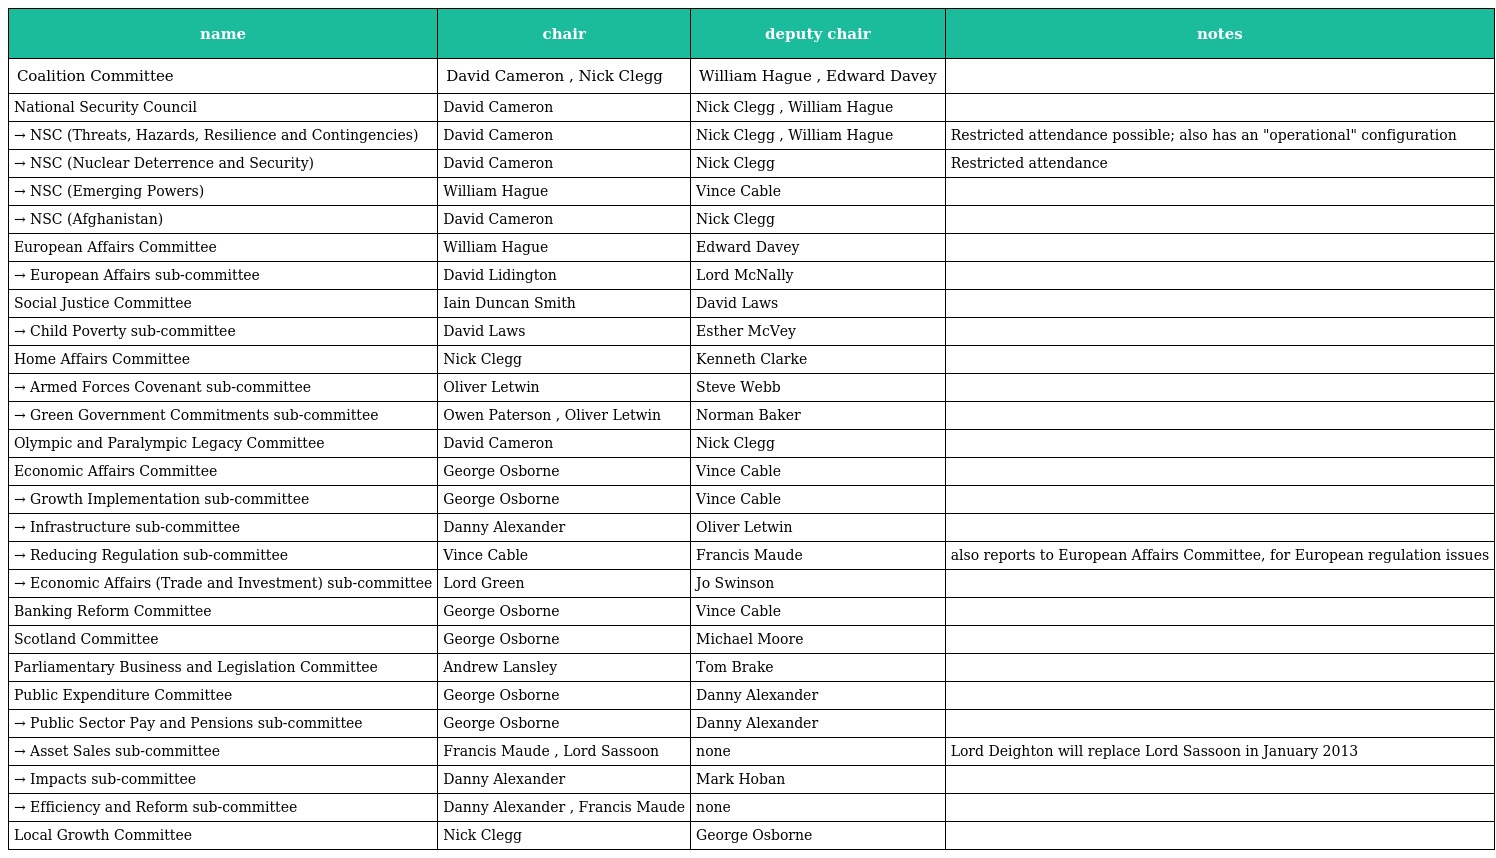
| name | chair | deputy chair | notes |
 | --- | --- | --- | --- |
 | Coalition Committee | David Cameron , Nick Clegg | William Hague , Edward Davey |  |
 | National Security Council | David Cameron | Nick Clegg , William Hague |  |
 | → NSC (Threats, Hazards, Resilience and Contingencies) | David Cameron | Nick Clegg , William Hague | Restricted attendance possible; also has an "operational" configuration |
 | → NSC (Nuclear Deterrence and Security) | David Cameron | Nick Clegg | Restricted attendance |
 | → NSC (Emerging Powers) | William Hague | Vince Cable |  |
 | → NSC (Afghanistan) | David Cameron | Nick Clegg |  |
 | European Affairs Committee | William Hague | Edward Davey |  |
 | → European Affairs sub-committee | David Lidington | Lord McNally |  |
 | Social Justice Committee | Iain Duncan Smith | David Laws |  |
 | → Child Poverty sub-committee | David Laws | Esther McVey |  |
 | Home Affairs Committee | Nick Clegg | Kenneth Clarke |  |
 | → Armed Forces Covenant sub-committee | Oliver Letwin | Steve Webb |  |
 | → Green Government Commitments sub-committee | Owen Paterson , Oliver Letwin | Norman Baker |  |
 | Olympic and Paralympic Legacy Committee | David Cameron | Nick Clegg |  |
 | Economic Affairs Committee | George Osborne | Vince Cable |  |
 | → Growth Implementation sub-committee | George Osborne | Vince Cable |  |
 | → Infrastructure sub-committee | Danny Alexander | Oliver Letwin |  |
 | → Reducing Regulation sub-committee | Vince Cable | Francis Maude | also reports to European Affairs Committee, for European regulation issues |
 | → Economic Affairs (Trade and Investment) sub-committee | Lord Green | Jo Swinson |  |
 | Banking Reform Committee | George Osborne | Vince Cable |  |
 | Scotland Committee | George Osborne | Michael Moore |  |
 | Parliamentary Business and Legislation Committee | Andrew Lansley | Tom Brake |  |
 | Public Expenditure Committee | George Osborne | Danny Alexander |  |
 | → Public Sector Pay and Pensions sub-committee | George Osborne | Danny Alexander |  |
 | → Asset Sales sub-committee | Francis Maude , Lord Sassoon | none | Lord Deighton will replace Lord Sassoon in January 2013 |
 | → Impacts sub-committee | Danny Alexander | Mark Hoban |  |
 | → Efficiency and Reform sub-committee | Danny Alexander , Francis Maude | none |  |
 | Local Growth Committee | Nick Clegg | George Osborne |  |